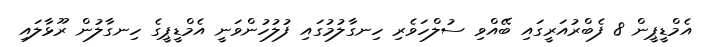
އެމްޑީޕީން 8 ފެބްރުއަރީގައި ބޭއްވި ސުލްހަވެރި ހިނގާލުމުގައި ފުލުހުންވަނީ އެމްޑީޕީގެ ހިނގާލުން ރޫޅާލައި